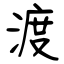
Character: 渡